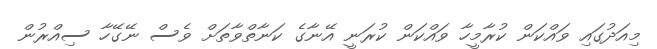
މިއަދުގައި ވައްކަން ކުރާމީހާ ވައްކަން ކުރަނީ އޭނާގެ ކަނާތްވާތަށް ވެސް ނޭގޭހާ ސިއްރުން